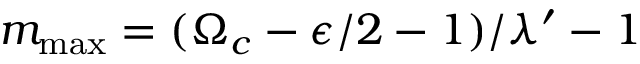
m _ { \mathrm { m a x } } = ( \Omega _ { c } - \epsilon / 2 - 1 ) / \lambda ^ { \prime } - 1